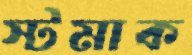
স্টমাক